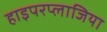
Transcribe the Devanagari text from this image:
हाइपरप्लाजिया